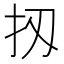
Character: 扨